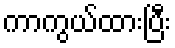
ကာကွယ်ထားပြီး